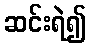
ဆင်းရဲ၍